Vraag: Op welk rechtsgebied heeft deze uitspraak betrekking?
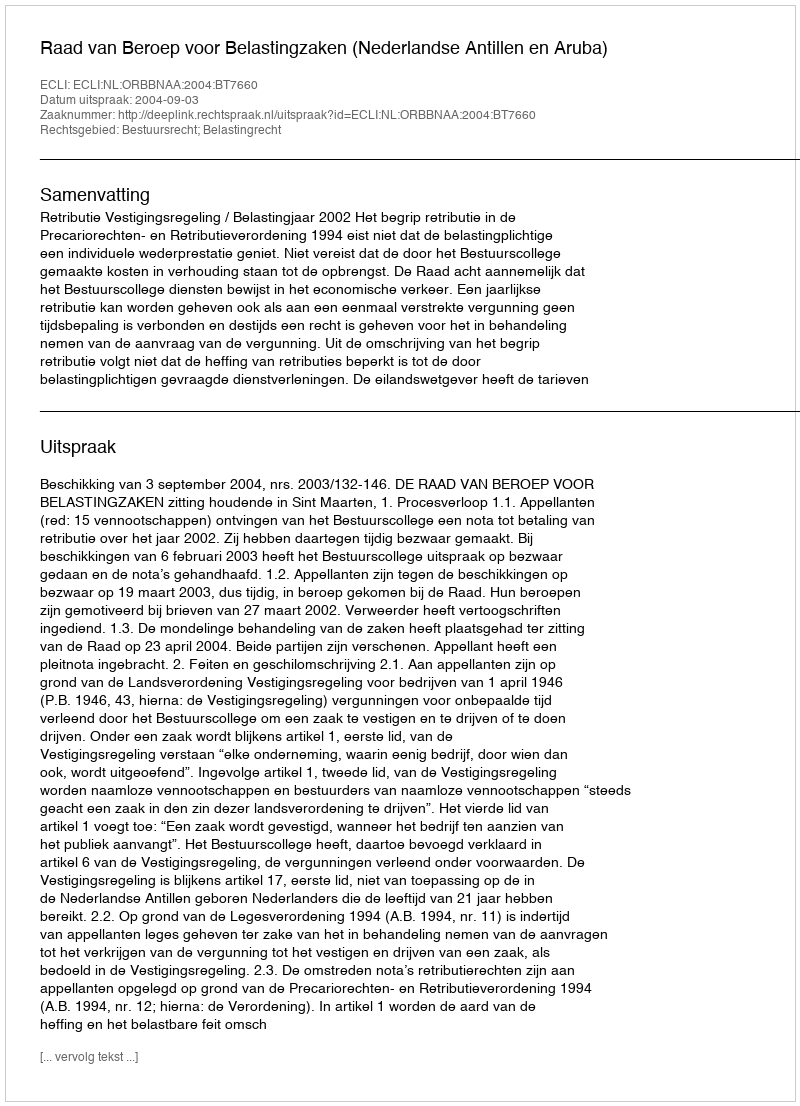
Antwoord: Bestuursrecht; Belastingrecht